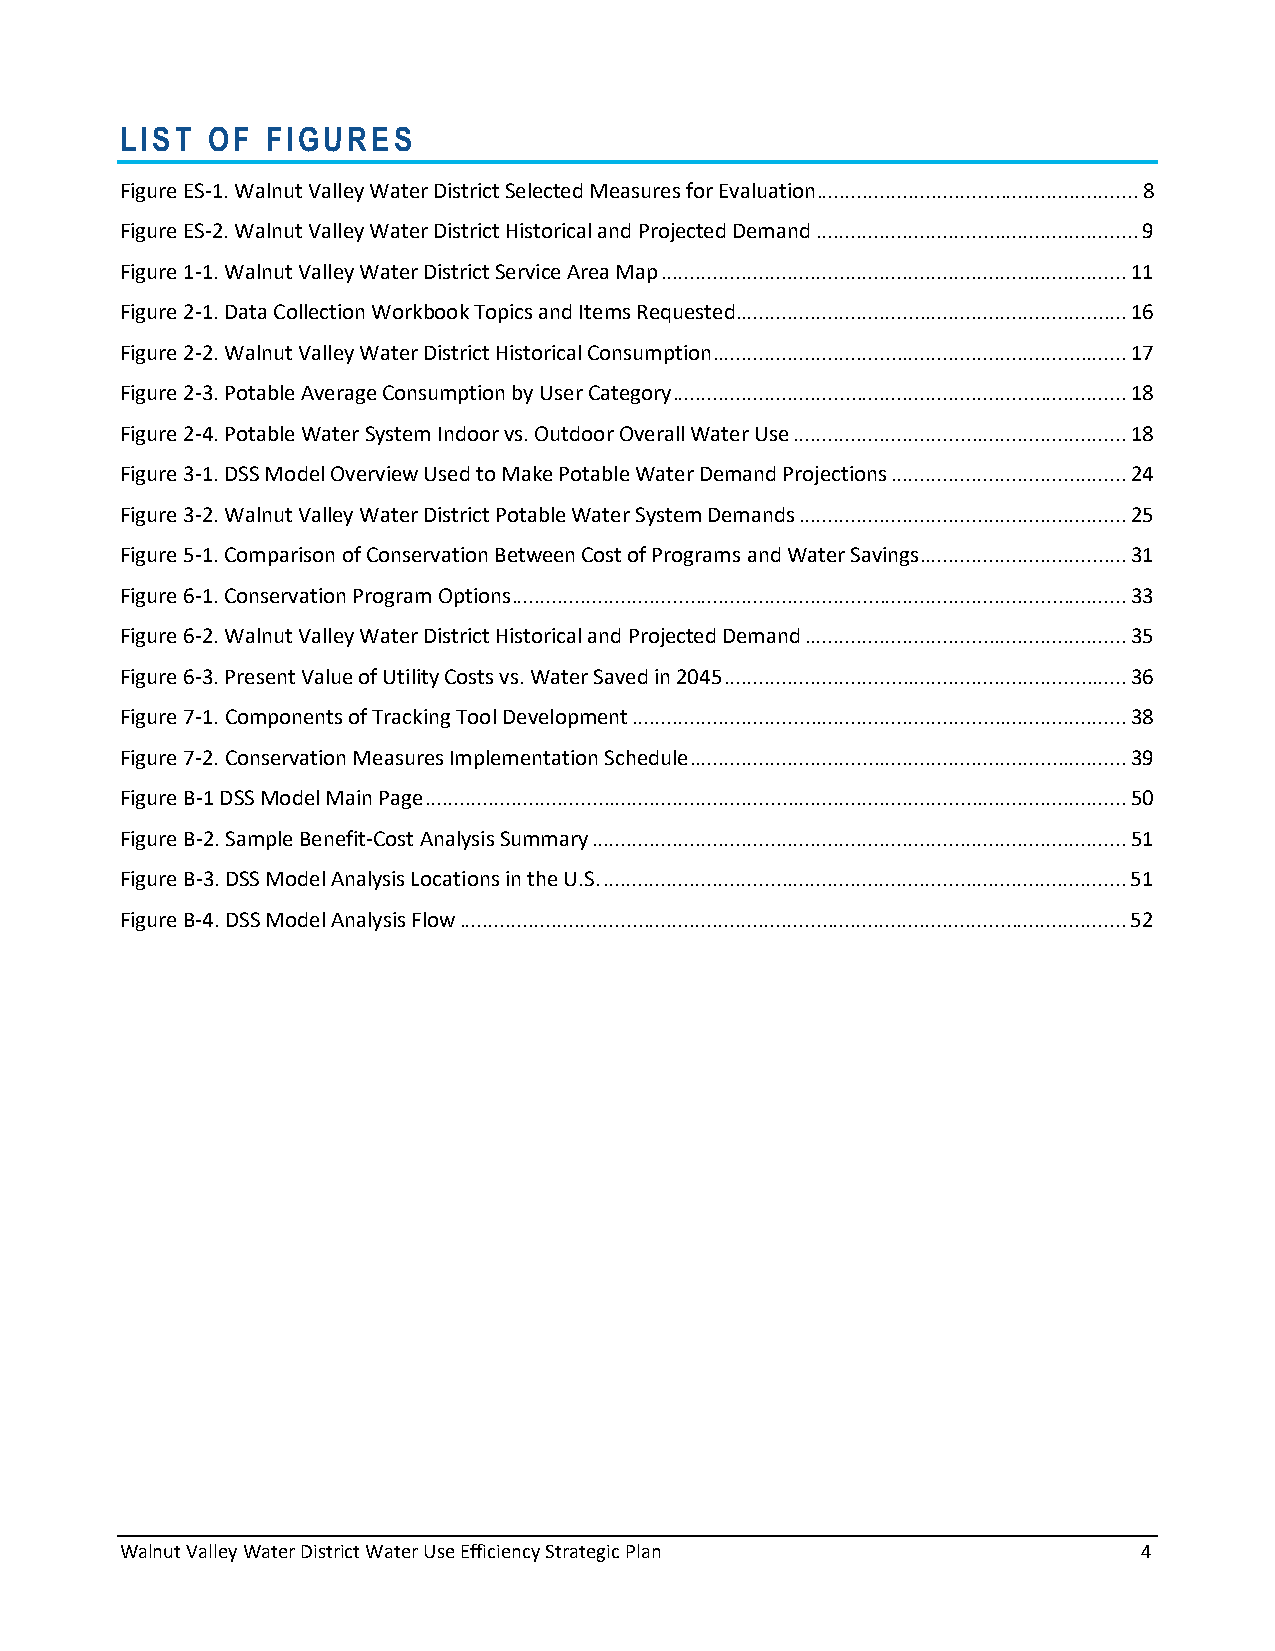
LIST  OF FIGURES
 Figure ES-1. Walnut Valley Water District Selected Measures for Evaluation ........................................................ 8
 Figure ES-2. Walnut Valley Water District Historical and Projected Demand ........................................................ 9
 Figure 1-1. Walnut Valley Water District Service Area Map ................................................................................. 11
 Figure 2-1. Data Collection Workbook Topics and Items Requested .................................................................... 16
 Figure 2-2. Walnut Valley Water District Historical Consumption ........................................................................ 17
 Figure 2-3. Potable Average Consumption by User Category ............................................................................... 18
 Figure 2-4. Potable Water System Indoor vs. Outdoor Overall Water Use .......................................................... 18
 Figure 3-1. DSS Model Overview Used to Make Potable Water Demand Projections ......................................... 24
 Figure 3-2. Walnut Valley Water District Potable Water System Demands ......................................................... 25
 Figure 5-1. Comparison of Conservation Between Cost of Programs and Water Savings .................................... 31
 Figure 6-1. Conservation Program Options ........................................................................................................... 33
 Figure 6-2. Walnut Valley Water District Historical and Projected Demand ........................................................ 35
 Figure 6-3. Present Value of Utility Costs vs. Water Saved in 2045 ...................................................................... 36
 Figure 7-1. Components of Tracking Tool Development ...................................................................................... 38
 Figure 7-2. Conservation Measures Implementation Schedule ............................................................................ 39
 Figure B-1 DSS Model Main Page .......................................................................................................................... 50
 Figure B-2. Sample Benefit-Cost Analysis Summary ............................................................................................. 51
 Figure B-3. DSS Model Analysis Locations in the U.S. ........................................................................................... 51
 Figure B-4. DSS Model Analysis Flow .................................................................................................................... 52
 Walnut Valley Water District Water Use Efficiency Strategic Plan    4